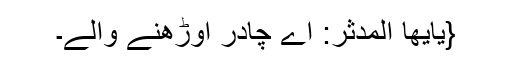
{یٰۤاَیُّهَا الْمُدَّثِّرُ: اے چادر اوڑھنے والے۔